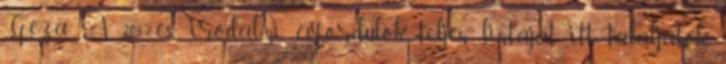
Géza. A 2012-es irodalmi évfordulók teljes listáját itt találjátok.